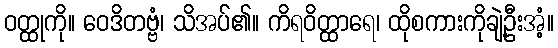
ဝတ္ထုကို။ ဝေဒိတဗ္ဗံ၊ သိအပ်၏။ ကိရဝိတ္ထာရေ၊ ထိုစကားကိုချဲ့ဦးအံ့။